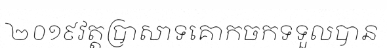
២០១៩វត្តប្រាសាទគោកចកទទួលបាន